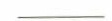
_____